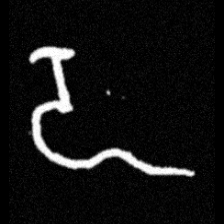
Pyu character \u2014 Myanmar letter: ဍ (romanized: dda)